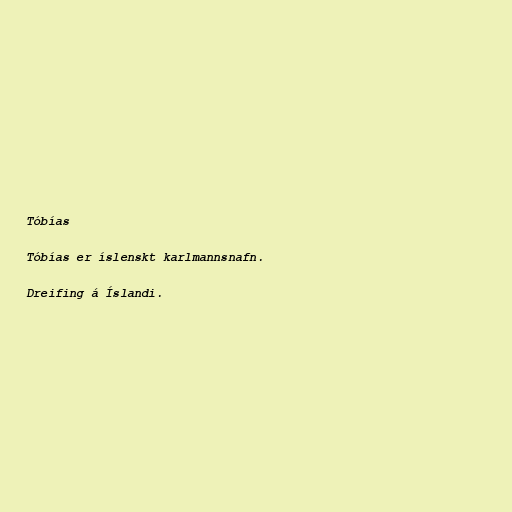
Tóbías

Tóbías er íslenskt karlmannsnafn.

Dreifing á Íslandi.